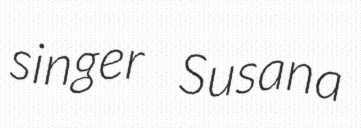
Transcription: singer Susana